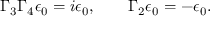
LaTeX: \Gamma _ { 3 } \Gamma _ { 4 } \epsilon _ { 0 } = i \epsilon _ { 0 } , \qquad \Gamma _ { 2 } \epsilon _ { 0 } = - \epsilon _ { 0 } .